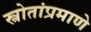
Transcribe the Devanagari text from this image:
स्त्रोतांप्रमाणे